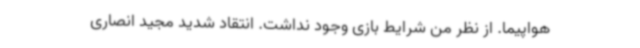
هواپیما. از نظر من شرایط بازی وجود نداشت. انتقاد شدید مجید انصاری